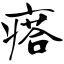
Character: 瘩